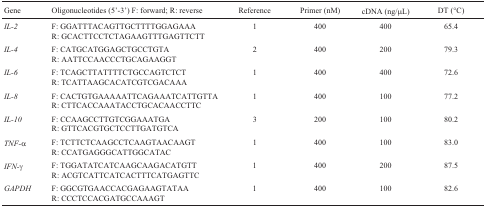
<table><thead><tr><td><b>Gene</b></td><td><b>Oligonucleotides (5&#x27;-3&#x27;) F: forward; R: reverse</b></td><td><b>Reference</b></td><td><b>Primer (nM)</b></td><td><b>cDNA (ng/μL)</b></td><td><b>DT (°C)</b></td></tr></thead><tbody><tr><td><i>IL-2</i></td><td>F: GGATTTACAGTTGCTTTTGGAGAAAR: GCACTTCCTCTAGAAGTTTGAGTTCTT</td><td>1</td><td>400</td><td>400</td><td>65.4</td></tr><tr><td><i>IL-4</i></td><td>F: CATGCATGGAGCTGCCTGTAR: AATTCCAACCCTGCAGAAGGT</td><td>2</td><td>400</td><td>200</td><td>79.3</td></tr><tr><td><i>IL-6</i></td><td>F: TCAGCTTATTTTCTGCCAGTCTCTR: TCATTAAGCACATCGTCGACAAA</td><td>1</td><td>400</td><td>400</td><td>72.6</td></tr><tr><td><i>IL-8</i></td><td>F: CACTGTGAAAAATTCAGAAATCATTGTTAR: CTTCACCAAATACCTGCACAACCTTC</td><td>1</td><td>400</td><td>100</td><td>77.2</td></tr><tr><td><i>IL-10</i></td><td>F: CCAAGCCTTGTCGGAAATGAR: GTTCACGTGCTCCTTGATGTCA</td><td>3</td><td>200</td><td>100</td><td>80.2</td></tr><tr><td><i>TNF-</i>α</td><td>F: TCTTCTCAAGCCTCAAGTAACAAGTR: CCATGAGGGCATTGGCATAC</td><td>1</td><td>400</td><td>100</td><td>83.0</td></tr><tr><td><i>IFN-</i>γ</td><td>F: TGGATATCATCAAGCAAGACATGTTR: ACGTCATTCATCACTTTCATGAGTTC</td><td>1</td><td>400</td><td>200</td><td>87.5</td></tr><tr><td><i>GAPDH</i></td><td>F: GGCGTGAACCACGAGAAGTATAAR: CCCTCCACGATGCCAAAGT</td><td>1</td><td>400</td><td>100</td><td>82.6</td></tr></tbody></table>